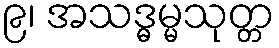
၉၊ အသဒ္ဓမ္မသုတ္တ